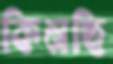
কিনছি